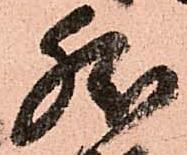
然